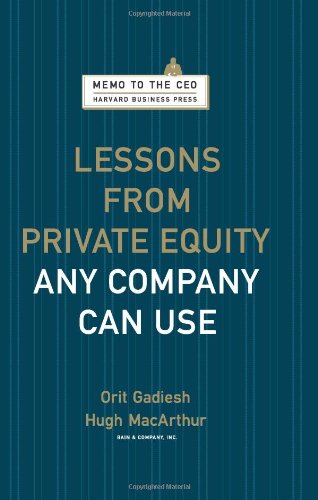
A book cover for Lessons from Private Equity Any Company Can Use (Memo to the CEO); Orit Gadiesh; Business & Money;